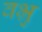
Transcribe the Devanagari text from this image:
वभ्रु